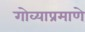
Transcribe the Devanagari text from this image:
गोव्याप्रमाणे